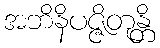
အဘိနိပဇ္ဇိတုန္တိ